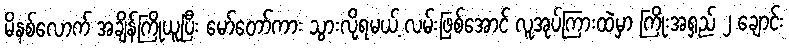
မိနစ်လောက် အချိန်ကြိုယူပြီး မော်တော်ကား သွားလို့ရမယ့် လမ်းဖြစ်အောင် လူအုပ်ကြားထဲမှာ ကြိုးအရှည် ၂ ချောင်း